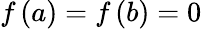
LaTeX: f\left(a\right)=f\left(b\right)=0